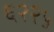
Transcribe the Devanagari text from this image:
६२२५